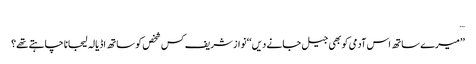
…
’’میرے ساتھ اس آدمی کو بھی جیل جانے دیں‘‘ نواز شریف کس شخص کو ساتھ اڈیالہ لیجانا چاہتے تھے؟